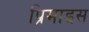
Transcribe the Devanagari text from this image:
प्रिमाइस